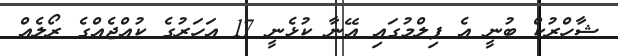
ޝާހްރުކް ބުނީ އެ ފިލްމުގައި އޭނާ ކުޅެނީ 17 އަހަރުގެ ކުއްޖެއްގެ ރޯލެއް